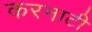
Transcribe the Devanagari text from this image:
करनाटी